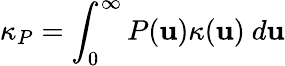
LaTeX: \kappa_{P}=\int_{0}^{\infty}P(\mathbf{u})\kappa(\mathbf{u})~d\mathbf{u}